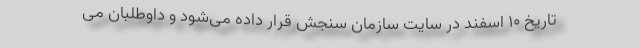
تاریخ ۱۰ اسفند در سایت سازمان سنجش قرار داده می‌شود و داوطلبان می